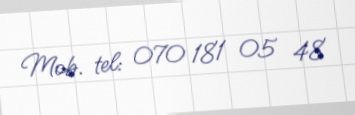
Mob. tel: 070 181 05 48